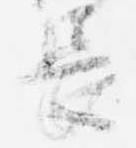
長